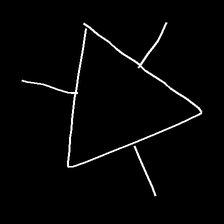
Glyph: fire